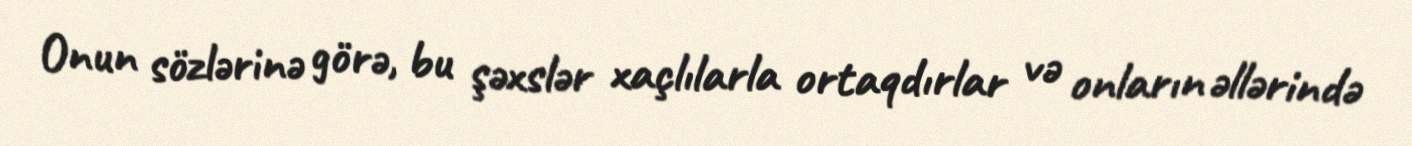
Onun sözlərinə görə, bu şəxslər xaçlılarla ortaqdırlar və onların əllərində